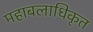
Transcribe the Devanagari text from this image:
महाबलाधिकृत